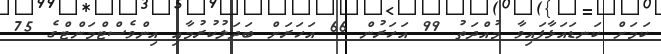
ކަމަށް ކަނޑައަޅާފައިވާ މުއްދަތު 99 އަހަރުން 66 އަހަރަށް ބަދަލުކުރުމާއި އިންވެސްޓްމަންޓްގެ 75